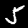
Digit: 5